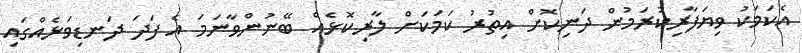
އެކަމަކު ވިޔަފާރިކުރަމުން ދަނިކޮށް އިތުރު ކަމަކަށް ލާރިކޮޅެއް ބޭނުންވާނަމަ އެ ފަދަ ދަނޑިވަޅެއްގައި